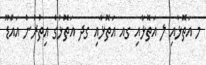
މ އަތޮޅާއި ލ އަތޮޅާއި ގއ އަތޮޅާއި ގދ އަތޮޅުގެ އިތުރުން އައްޑޫ